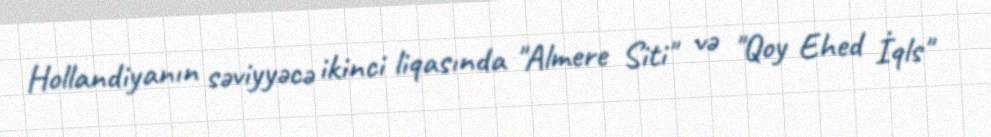
Hollandiyanın səviyyəcə ikinci liqasında "Almere Siti" və "Qoy Ehed İqls"